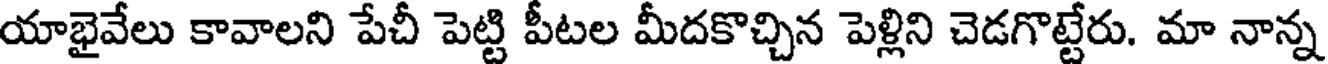
యాభైవేలు కావాలని పేచీ పెట్టి పీటల మీదకొచ్చిన పెళ్లిని చెడగొట్టేరు. మా నాన్న